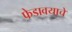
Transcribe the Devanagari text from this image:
फेडावयाचे